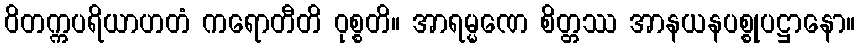
ဝိတက္ကပရိယာဟတံ ကရောတီတိ ဝုစ္စတိ။ အာရမ္မဏေ စိတ္တဿ အာနယနပစ္စုပဋ္ဌာနော။